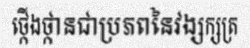
ថ្កើងថ្កានជាប្រភពនៃវង្សក្សត្រ